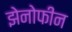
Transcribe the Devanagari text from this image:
झेनोफीन